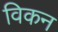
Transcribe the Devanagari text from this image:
विकन